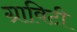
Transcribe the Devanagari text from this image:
ग्राविटी